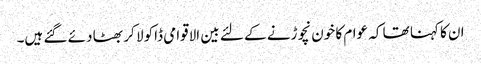
ان کا کہنا تھا کہ عوام کا خون نچوڑنے کے لئے بین الاقوامی ڈاکو لا کر بھٹا دئے گئے ہیں۔